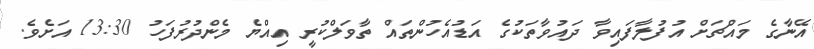
އޭނާގެ މައްޗަށް އުފުލާފައިވާ ދައުވާތަކުގެ އަޑުއެހުންތައް ތާވަލްކުރީ އިއްޔެ މެންދުރުފަހު 13:30 އަށެވެ.